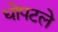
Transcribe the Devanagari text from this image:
धोपटले